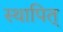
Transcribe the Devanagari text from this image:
स्थापित्